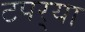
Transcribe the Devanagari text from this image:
टपर्‍या